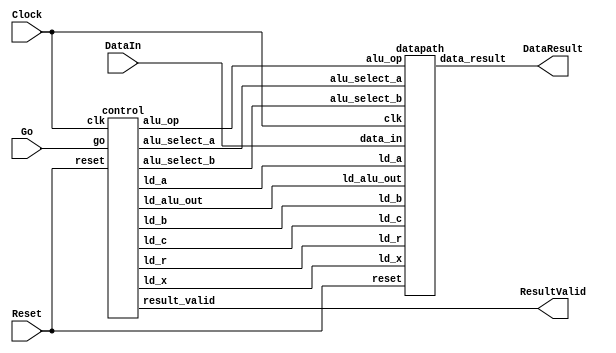
//Sw[7:0] data_in

//KEY[0] synchronous reset when pressed
//KEY[1] go signal

//LEDR displays result
//HEX0 & HEX1 also displays result

module part2(Clock, Reset, Go, DataIn, DataResult, ResultValid);
    input Clock;
    input Reset;
    input Go;
    input [7:0] DataIn;
    output [7:0] DataResult;
    output ResultValid; 

    // lots of wires to connect our datapath and control
    wire ld_a, ld_b, ld_c, ld_x, ld_r;
    wire ld_alu_out;
    wire [1:0]  alu_select_a, alu_select_b;
    wire alu_op;

    control C0(
        .clk(Clock),
        .reset(Reset),

        .go(Go),

        .ld_alu_out(ld_alu_out),
        .ld_x(ld_x),
        .ld_a(ld_a),
        .ld_b(ld_b),
        .ld_c(ld_c),
        .ld_r(ld_r),

        .alu_select_a(alu_select_a),
        .alu_select_b(alu_select_b),
        .alu_op(alu_op),
        .result_valid(ResultValid)
    );

    datapath D0(
        .clk(Clock),
        .reset(Reset),

        .ld_alu_out(ld_alu_out),
        .ld_x(ld_x),
        .ld_a(ld_a),
        .ld_b(ld_b),
        .ld_c(ld_c),
        .ld_r(ld_r),

        .alu_select_a(alu_select_a),
        .alu_select_b(alu_select_b),
        .alu_op(alu_op),

        .data_in(DataIn),
        .data_result(DataResult)
    );

 endmodule


module control(
    input clk,
    input reset,
    input go,

    output reg  ld_a, ld_b, ld_c, ld_x, ld_r,
    output reg  ld_alu_out,
    output reg [1:0]  alu_select_a, alu_select_b,
    output reg alu_op,
    output reg result_valid
    );

    reg [5:0] current_state, next_state;

    localparam  S_LOAD_A        = 5'd0,
                S_LOAD_A_WAIT   = 5'd1,
                S_LOAD_B        = 5'd2,
                S_LOAD_B_WAIT   = 5'd3,
                S_LOAD_C        = 5'd4,
                S_LOAD_C_WAIT   = 5'd5,
                S_LOAD_X        = 5'd6,
                S_LOAD_X_WAIT   = 5'd7,
                S_CYCLE_0       = 5'd8,
                S_CYCLE_1       = 5'd9,
                S_CYCLE_2       = 5'd10,
                S_CYCLE_3       = 5'd11,
                S_CYCLE_4       = 5'd12,
                S_CYCLE_5       = 5'd13;

    // Next state logic aka our state table
    always@(*)
    begin: state_table
            case (current_state)
                S_LOAD_A: next_state = go ? S_LOAD_A_WAIT : S_LOAD_A; // Loop in current state until value is input
                S_LOAD_A_WAIT: next_state = go ? S_LOAD_A_WAIT : S_LOAD_B; // Loop in current state until go signal goes low
                S_LOAD_B: next_state = go ? S_LOAD_B_WAIT : S_LOAD_B; // Loop in current state until value is input
                S_LOAD_B_WAIT: next_state = go ? S_LOAD_B_WAIT : S_LOAD_C; // Loop in current state until go signal goes low
                S_LOAD_C: next_state = go ? S_LOAD_C_WAIT : S_LOAD_C; // Loop in current state until value is input
                S_LOAD_C_WAIT: next_state = go ? S_LOAD_C_WAIT : S_LOAD_X; // Loop in current state until go signal goes low
                S_LOAD_X: next_state = go ? S_LOAD_X_WAIT : S_LOAD_X; // Loop in current state until value is input
                S_LOAD_X_WAIT: next_state = go ? S_LOAD_X_WAIT : S_CYCLE_0; // Loop in current state until go signal goes low
                S_CYCLE_0: next_state = S_CYCLE_1;
                S_CYCLE_1: next_state = S_CYCLE_2;
                S_CYCLE_2: next_state = S_CYCLE_3; 
                S_CYCLE_3: next_state = S_CYCLE_4; 
                S_CYCLE_4: next_state = S_CYCLE_5; 
                S_CYCLE_5: next_state = go ? S_LOAD_A_WAIT : S_CYCLE_5; 
            default:     next_state = S_LOAD_A;
        endcase
    end // state_table

    // Output logic aka all of our datapath control signals
    always @(*)
    begin: enable_signals
        // By default make all our signals 0
        ld_alu_out = 1'b0;
        ld_a = 1'b0;
        ld_b = 1'b0;
        ld_c = 1'b0;
        ld_x = 1'b0;
        ld_r = 1'b0;
        alu_select_a = 2'b0;
        alu_select_b = 2'b0;
        alu_op       = 1'b0;
        result_valid = 1'b0;

        case (current_state)
            S_LOAD_A: begin
                ld_a = 1'b1;
                end
            S_LOAD_B: begin
                ld_b = 1'b1;
                end
            S_LOAD_C: begin
                ld_c = 1'b1;
                end
            S_LOAD_X: begin
                ld_x = 1'b1;
                end
            S_CYCLE_0: begin 
                alu_select_a = 2'b01; 
                alu_select_b = 2'b11; 
                alu_op = 1'b1; 
                
                ld_alu_out = 1'b1; 
                ld_b = 1'b1; 
            end
            S_CYCLE_1: begin
                alu_select_a = 2'b00; 
                alu_select_b = 2'b11; 
                alu_op = 1'b1; 
                
                ld_alu_out = 1'b1; 
                ld_a = 1'b1; 
            end
            S_CYCLE_2: begin
                alu_select_a = 2'b00; 
                alu_select_b = 2'b11; 
                alu_op = 1'b1; 
                
                ld_alu_out = 1'b1; 
                ld_a = 1'b1; 
            end
            S_CYCLE_3: begin
                alu_select_a = 2'b00; 
                alu_select_b = 2'b01; 
                alu_op = 1'b0; 
                
                ld_alu_out = 1'b1; 
                ld_a = 1'b1; 
            end
            S_CYCLE_4: begin
                alu_select_a = 2'b00; 
                alu_select_b = 2'b10; 
                alu_op = 1'b0; 
                
                ld_r = 1'b1; 
            end
            S_CYCLE_5: begin
                result_valid = 1'b1; 
                ld_a = 1'b1;
            end
        // default:    // don't need default since we already made sure all of our outputs were assigned a value at the start of the always block
        endcase
    end // enable_signals

    // current_state registers
    always@(posedge clk)
    begin: state_FFs
        if(reset)
            current_state <= S_LOAD_A;
        else
            current_state <= next_state;
    end // state_FFS
endmodule

module datapath(
    input clk,
    input reset,
    input [7:0] data_in,
    input ld_alu_out,
    input ld_x, ld_a, ld_b, ld_c,
    input ld_r,
    input alu_op,
    input [1:0] alu_select_a, alu_select_b,
    output reg [7:0] data_result
    );

    // input registers
    reg [7:0] a, b, c, x;

    // output of the alu
    reg [7:0] alu_out;
    // alu input muxes
    reg [7:0] alu_a, alu_b;

    // Registers a, b, c, x with respective input logic
    always@(posedge clk) begin
        if(reset) begin
            a <= 8'b0;
            b <= 8'b0;
            c <= 8'b0;
            x <= 8'b0;
        end
        else begin
            if(ld_a)
                a <= ld_alu_out ? alu_out : data_in; // load alu_out if load_alu_out signal is high, otherwise load from data_in
            if(ld_b)
                b <= ld_alu_out ? alu_out : data_in; // load alu_out if load_alu_out signal is high, otherwise load from data_in
            if(ld_x)
                x <= data_in;

            if(ld_c)
                c <= data_in;
        end
    end

    // Output result register
    always@(posedge clk) begin
        if(reset) begin
            data_result <= 8'b0;
        end
        else
            if(ld_r)
                data_result <= alu_out;
    end

    // The ALU input multiplexers
    always @(*)
    begin
        case (alu_select_a)
            2'd0:
                alu_a = a;
            2'd1:
                alu_a = b;
            2'd2:
                alu_a = c;
            2'd3:
                alu_a = x;
            default: alu_a = 8'b0;
        endcase

        case (alu_select_b)
            2'd0:
                alu_b = a;
            2'd1:
                alu_b = b;
            2'd2:
                alu_b = c;
            2'd3:
                alu_b = x;
            default: alu_b = 8'b0;
        endcase
    end

    // The ALU
    always @(*)
    begin : ALU
        // alu
        case (alu_op)
            0: begin
                   alu_out = alu_a + alu_b; //performs addition
               end
            1: begin
                   alu_out = alu_a * alu_b; //performs multiplication
               end
            default: alu_out = 8'b0;
        endcase
    end

endmodule